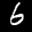
Label: 6